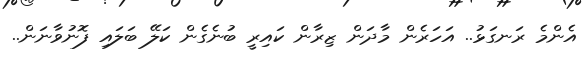
އެންމެ ރަނގަޅު.. އަހަރެން މާދަން ޒިރާން ކައިރީ ބުނެގެން ކަލޭ ބަލައި ފޮނުވާނަން..